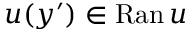
u ( y ^ { \prime } ) \in \mathrm { R a n } \, u